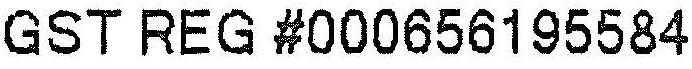
GST REG #000656195584